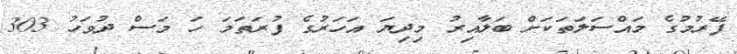
ފޭރުމުގެ މައްސަލަތަކަށް ބަލާއިރު މިދިޔަ އަހަރުގެ ފުރަތަމަ ހަ މަސް ދުވަހު 303